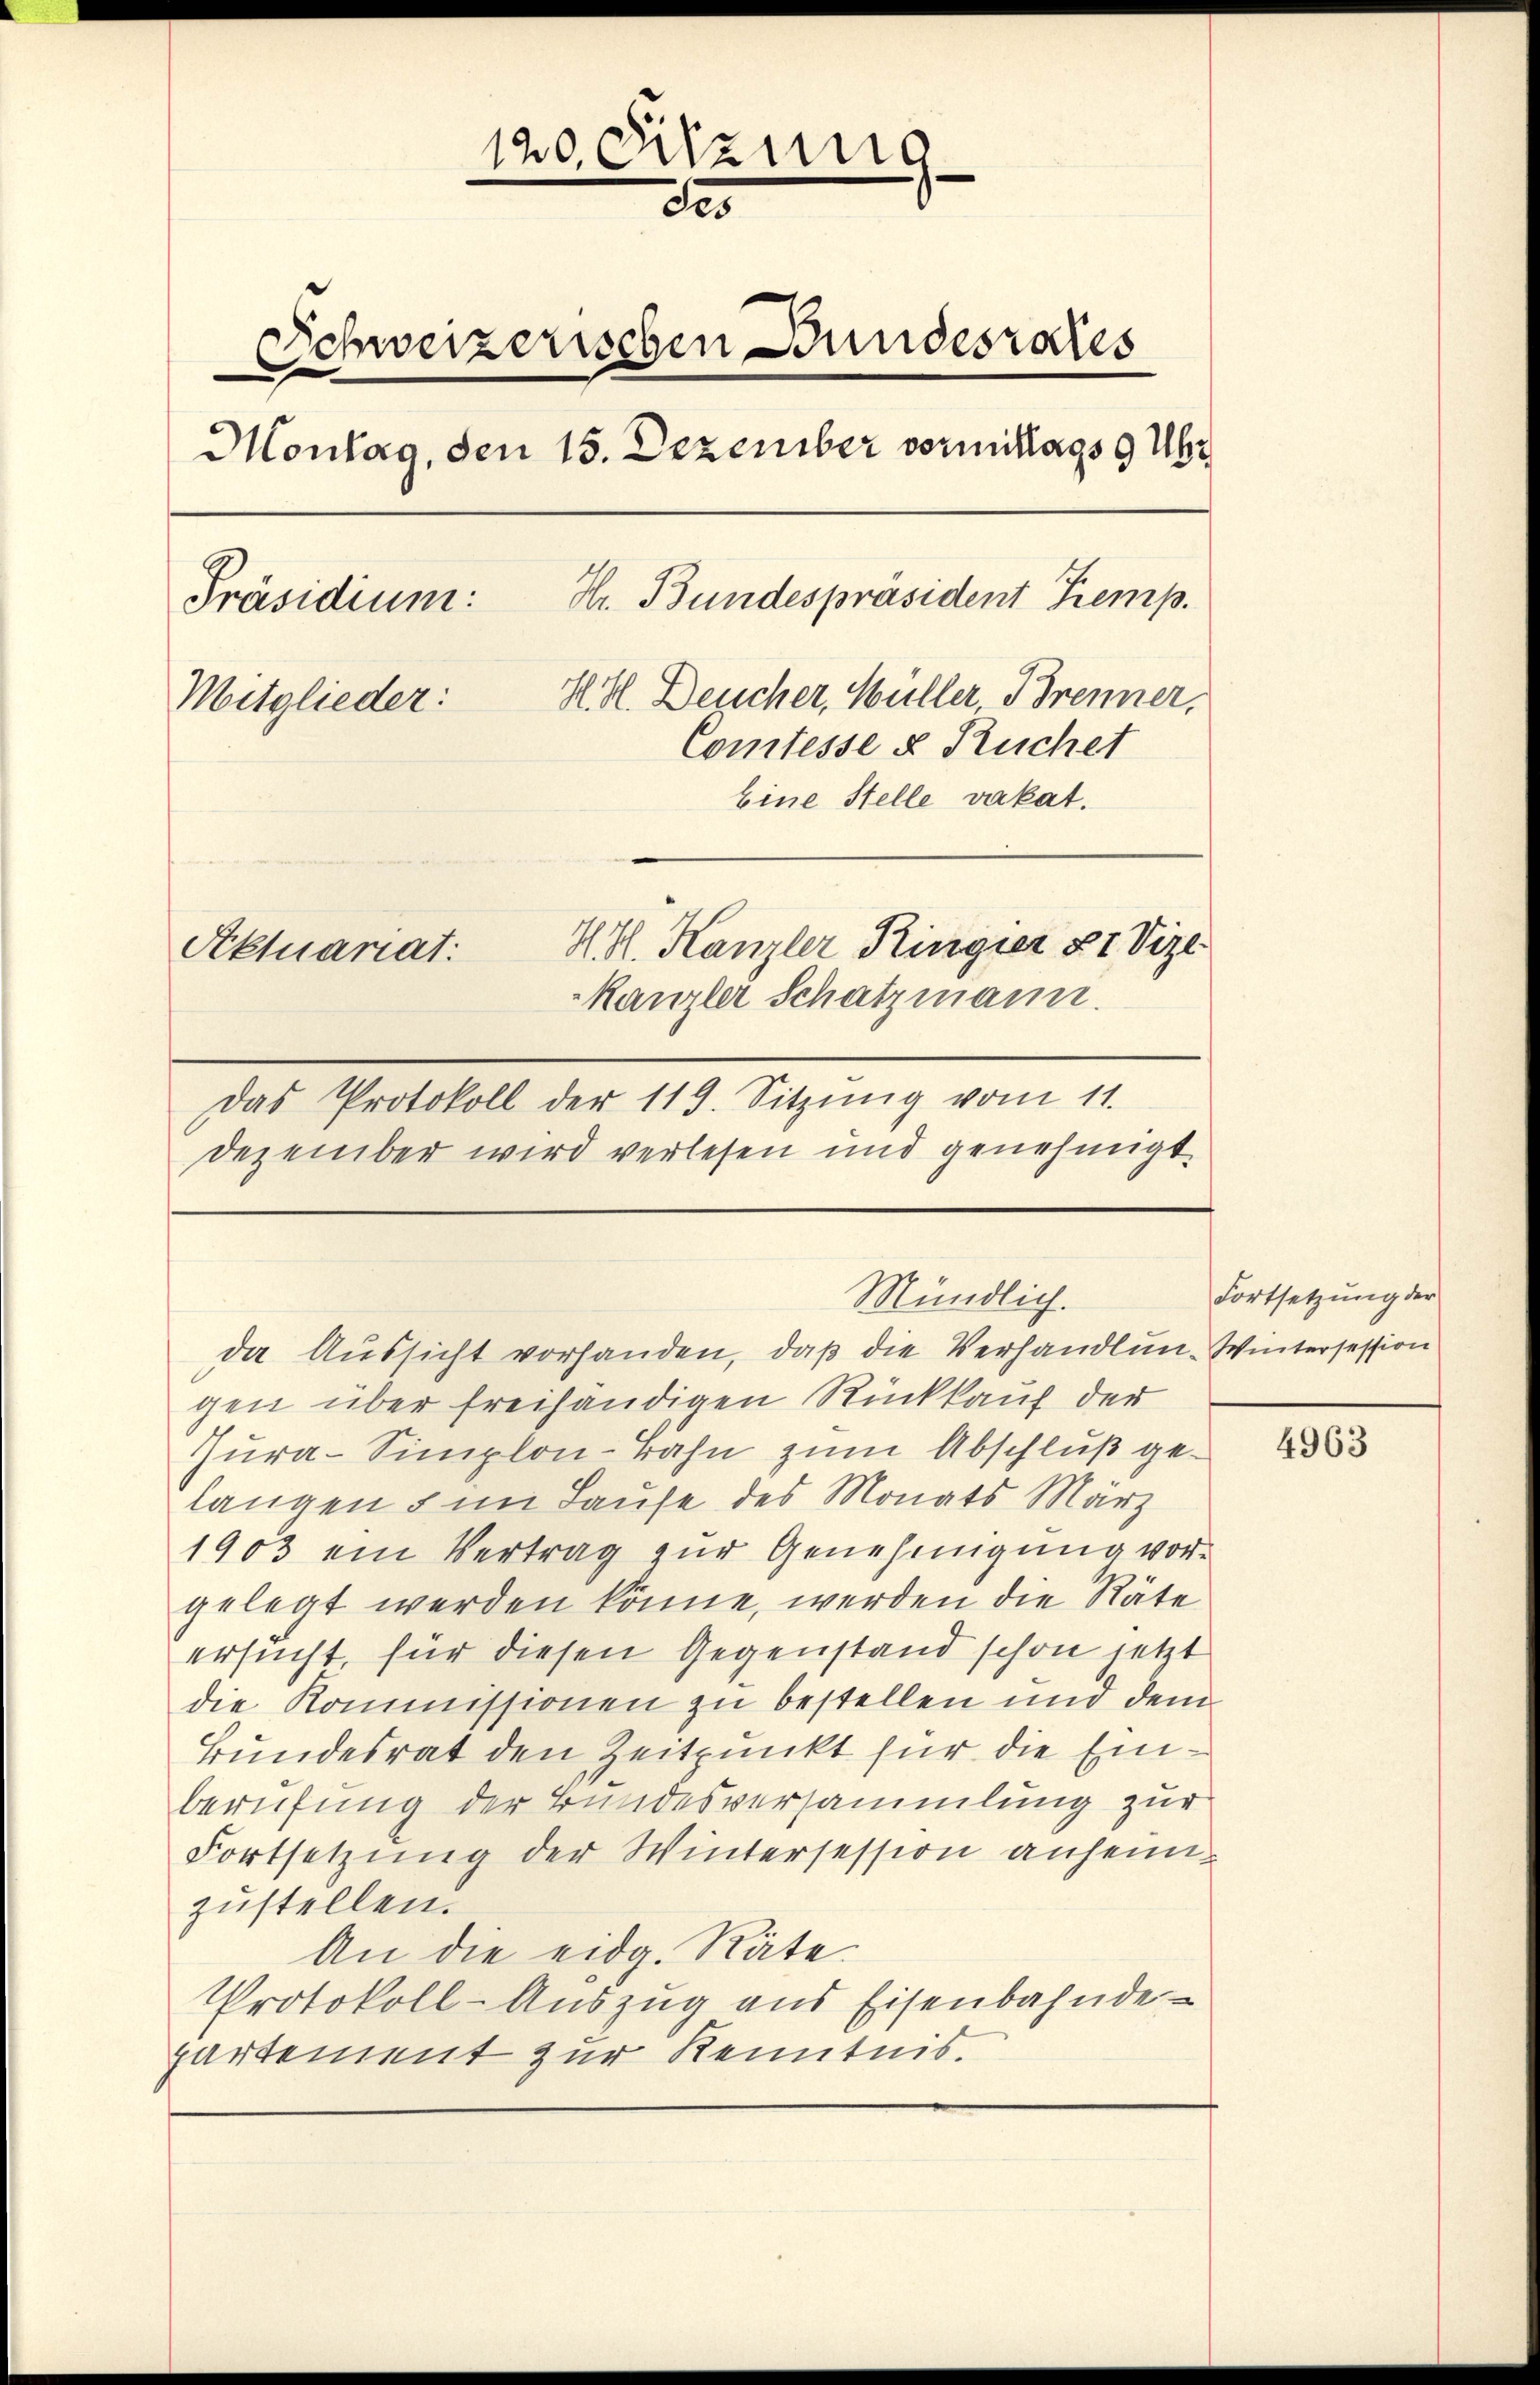
120. Sitzung
e
de
Schweizerischen Bundesrates
Montag, den 15. Dezember vormittags 9 Uhr
Hr. Bundespräsident Kemp.
Präsidium:
H. H. Deucher, Müller, Brenner,
Mitglieder:
Comtesse & Ruchet
Eine Stelle vakat.
H. H. Kanzler Ringier 8 Vize
Aktuariat:
Kanzler Schatzmann.
Das Protokoll der 119. Sitzŭng vom 11.
Dezember wird verlesen und genehmigt.

Mündlich.

da Aussicht vorhanden, daß die Verhandlun- Wintersession
gen über freihändigen Rückkauf der
Zura-Simplon-Bahn zum Abschluß gelangen & im Laufe des Monats März
1903 ein Vertrag zŭr Genehmigŭng vor-
gelegt werden könne, werden die Räte
ersucht, für diesen Gegenstand schon jetzt
die Kommissionen zu bestellen und dem
Bundesrat den Zeitpunkt für die Einberufung der Bundesversammlung zur
Fortsetzung der Wintersession anheimzustellen.
An die eidg. Räte.
Protokoll-Auszug aus Eisenbahnde-
partement zur Kenntnis.

Fortsetzung der

4963